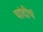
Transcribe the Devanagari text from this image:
चांदीचं